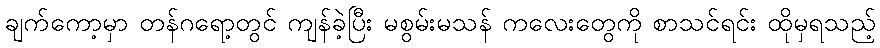
ချက်ကော့မှာ တန်ဂရော့တွင် ကျန်ခဲ့ပြီး မစွမ်းမသန် ကလေးတွေကို စာသင်ရင်း ထိုမှရသည့်